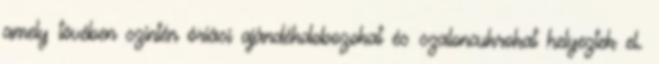
amely tövében szintén óriási ajándékdobozokat és szaloncukrokat helyeztek el.